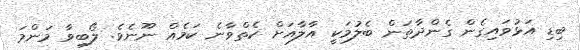
ބިޑި އަޅުވައިގެން ގެންދާތަން ބެލުމަކީ އާލާއަށް ކެތްވާނެ ކަމެއް ނޫނެވެ. ލޯބިވާ މަންމަ